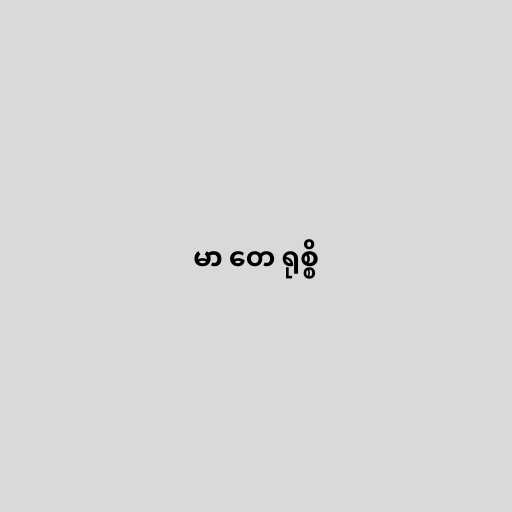
မာ တေ ရုစ္စိ